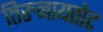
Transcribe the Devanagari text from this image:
तिरुनायतोट